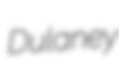
Dulaney